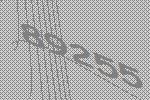
89255